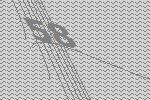
58